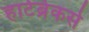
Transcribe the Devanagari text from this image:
हार्टब्रेकर्स